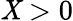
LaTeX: \mathit{X}>0